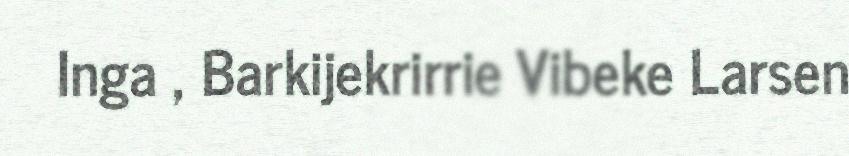
Inga , Barkijekrirrie Vibeke Larsen